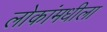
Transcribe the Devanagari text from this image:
लोकांमधीला